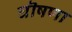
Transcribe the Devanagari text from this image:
घॊषणा